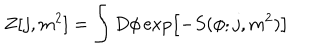
Z [ j , m ^ { 2 } ] = \int D \phi \exp \left[ - S ( \phi ; j , m ^ { 2 } ) \right]